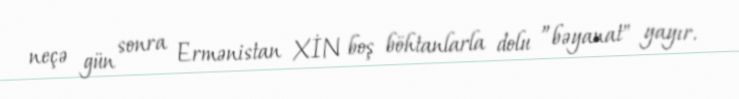
neçə gün sonra Ermənistan XİN boş böhtanlarla dolu ”bəyanat" yayır.